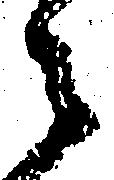
々